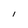
Character: I